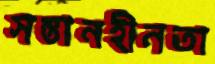
সন্তানহীনতা